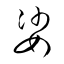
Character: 娑